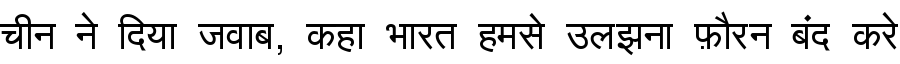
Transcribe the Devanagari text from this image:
चीन ने दिया जवाब, कहा भारत हमसे उलझना फ़ौरन बंद करे